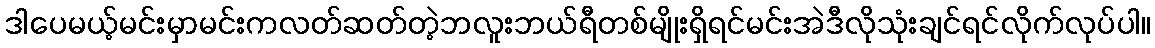
ဒါပေမယ့်မင်းမှာမင်းကလတ်ဆတ်တဲ့ဘလူးဘယ်ရီတစ်မျိုးရှိရင်မင်းအဲဒီလိုသုံးချင်ရင်လိုက်လုပ်ပါ။